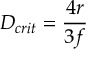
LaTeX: D _ { c r i t } = { \frac { 4 r } { 3 f } } \,